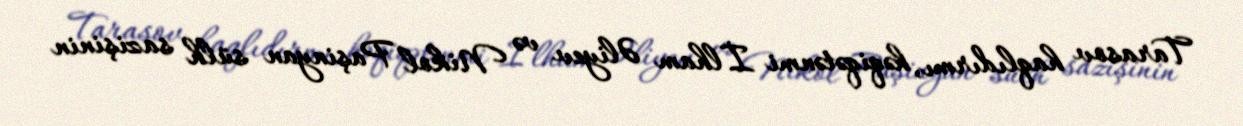
Tarasov haqlıdırmı, həqiqətənmi İlham Əliyev və Nikol Paşinyan sülh sazişinin